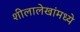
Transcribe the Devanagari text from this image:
शीलालेखांमध्ये